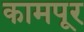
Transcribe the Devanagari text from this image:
कामपूर